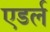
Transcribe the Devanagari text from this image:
एडर्ल